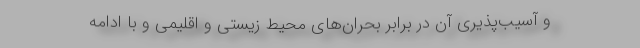
و آسیب‌پذیری آن در برابر بحران‌های محیط زیستی و اقلیمی و با ادامه